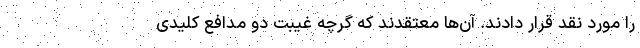
را مورد نقد قرار دادند. آن‌ها معتقدند که گرچه غیبت دو مدافع کلیدی